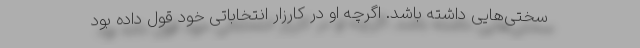
سختی‌هایی داشته باشد. اگرچه او در کارزار انتخاباتی خود قول داده بود